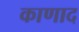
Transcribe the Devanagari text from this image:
काणाद